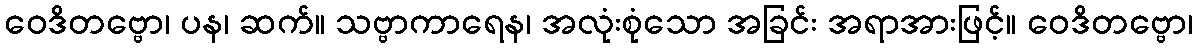
ဝေဒိတဗ္ဗော၊ ပန၊ ဆက်။ သဗ္ဗာကာရေန၊ အလုံးစုံသော အခြင်း အရာအားဖြင့်။ ဝေဒိတဗ္ဗော၊